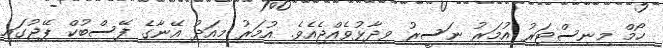
ހޯމް މިނިސްޓަރު އުމަރު ނަސީރު ވިދާޅުވެއްޖެއެވެ. އުމަރު މިއަދު އޭނާގެ ފޭސްބުކް ޕޭޖުގައި